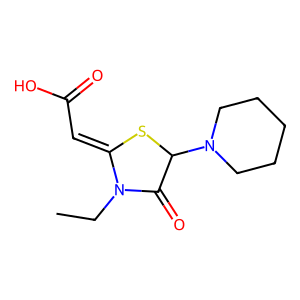
SMILES: CCN1C(=O)C(N2CCCCC2)SC1=CC(=O)O
Inhibits HIV replication: No